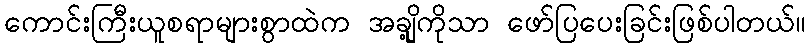
ကောင်းကြီးယူစရာများစွာထဲက အချို့ကိုသာ ဖော်ပြပေးခြင်းဖြစ်ပါတယ်။